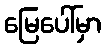
မြေပေါ်မှာ